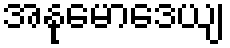
အနုမောဒေယျ